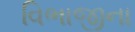
વિભાજીના